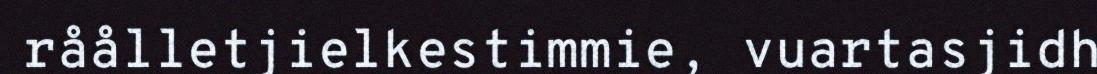
råålletjielkestimmie, vuartasjidh